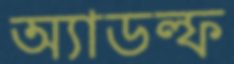
অ্যাডল্ফ